Investigations on Bengal jail dietaries - Number 37
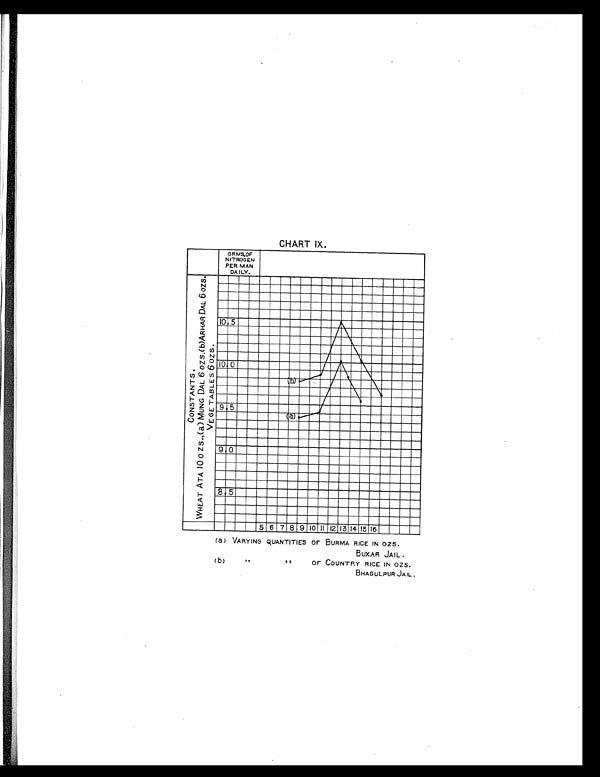
CHART IX.
(a) VARYING QUANTITIES OF BURMA RICE IN OZS.
BUXAR JAIL .
(b)
"
"
O F C O U N T R Y R I C E I N O Z S .
BHAGULPUR JAIL .